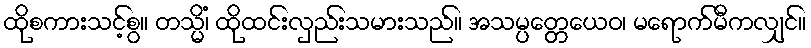
ထိုစကားသင့်စွ။ တသ္မိံ၊ ထိုထင်းလှည်းသမားသည်။ အသမ္ပတ္တေယေဝ၊ မရောက်မီကလျှင်။